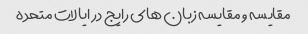
مقایسه و مقایسه زبان های رایج در ایالات متحده